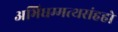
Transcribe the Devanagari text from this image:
अभिधम्मत्थसंहहो